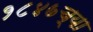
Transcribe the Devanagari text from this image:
१८४७च्या